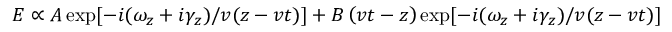
E \propto A \exp [ - i ( \omega _ { z } + i \gamma _ { z } ) / v ( z - v t ) ] + B \left( v t - z \right) \exp [ - i ( \omega _ { z } + i \gamma _ { z } ) / v ( z - v t ) ]